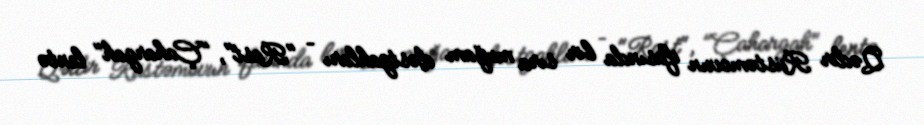
Qədir Rüstəmovun ifasında bir sıra muğam dəstgahları – "Rast", "Çahargah" lentə